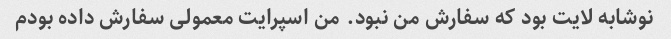
نوشابه لایت بود که سفارش من نبود. من اسپرایت معمولی سفارش داده بودم